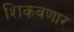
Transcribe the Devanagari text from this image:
शिकवणार